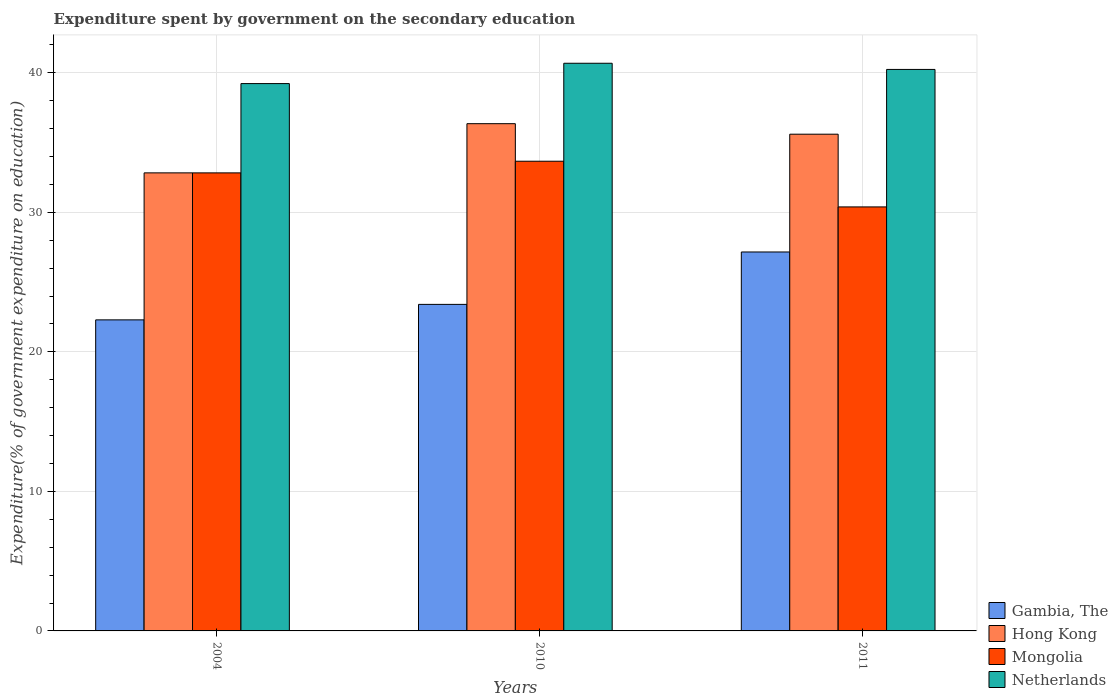
| Years | Gambia, The | Hong Kong | Mongolia | Netherlands |
 | --- | --- | --- | --- | --- |
 | 2004 | 22.3 | 32.8 | 32.8 | 39.2 |
 | 2010 | 23.4 | 36.4 | 33.7 | 40.7 |
 | 2011 | 27.2 | 35.6 | 30.4 | 40.2 |